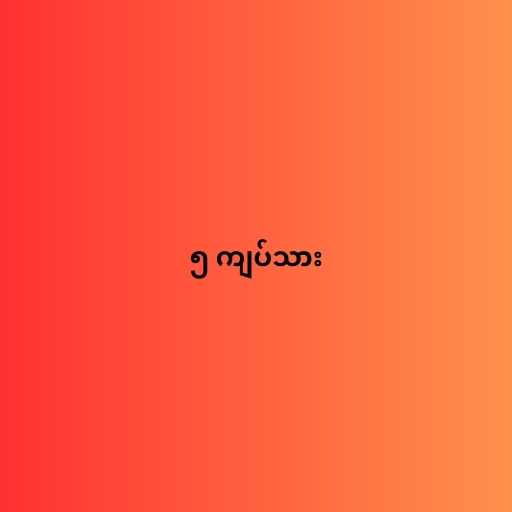
၅ ကျပ်သား